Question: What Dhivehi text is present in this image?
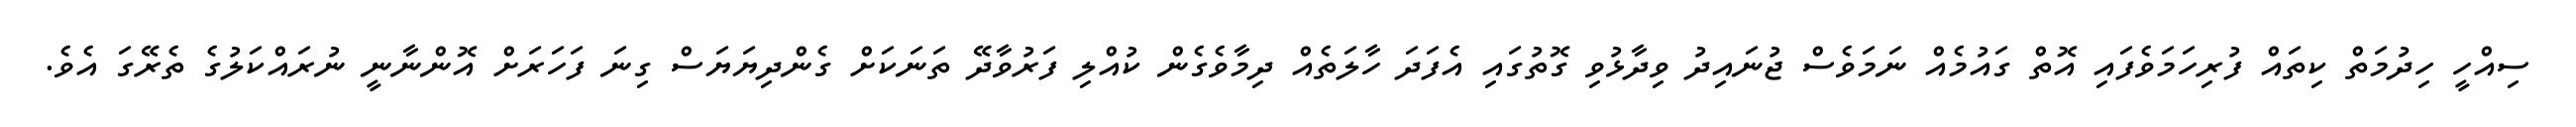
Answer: ސިއްހީ ހިދުމަތް ކިތައް ފުރިހަމަވެފައި އޮތް ގައުމެއް ނަމަވެސް ޖުނައިދު ވިދާޅުވި ގޮތުގައި އެފަދަ ހާލަތެއް ދިމާވެގެން ކުއްލި ފަރުވާދޭ ތަނަކަށް ގެންދިޔަޔަސް ގިނަ ފަހަރަށް އޮންނާނީ ނުރައްކަލުގެ ތެރޭގަ އެވެ.